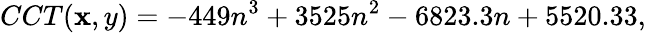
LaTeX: CCT(\mathbf{x},y)=-449n^{3}+3525n^{2}-6823.3n+5520.33,